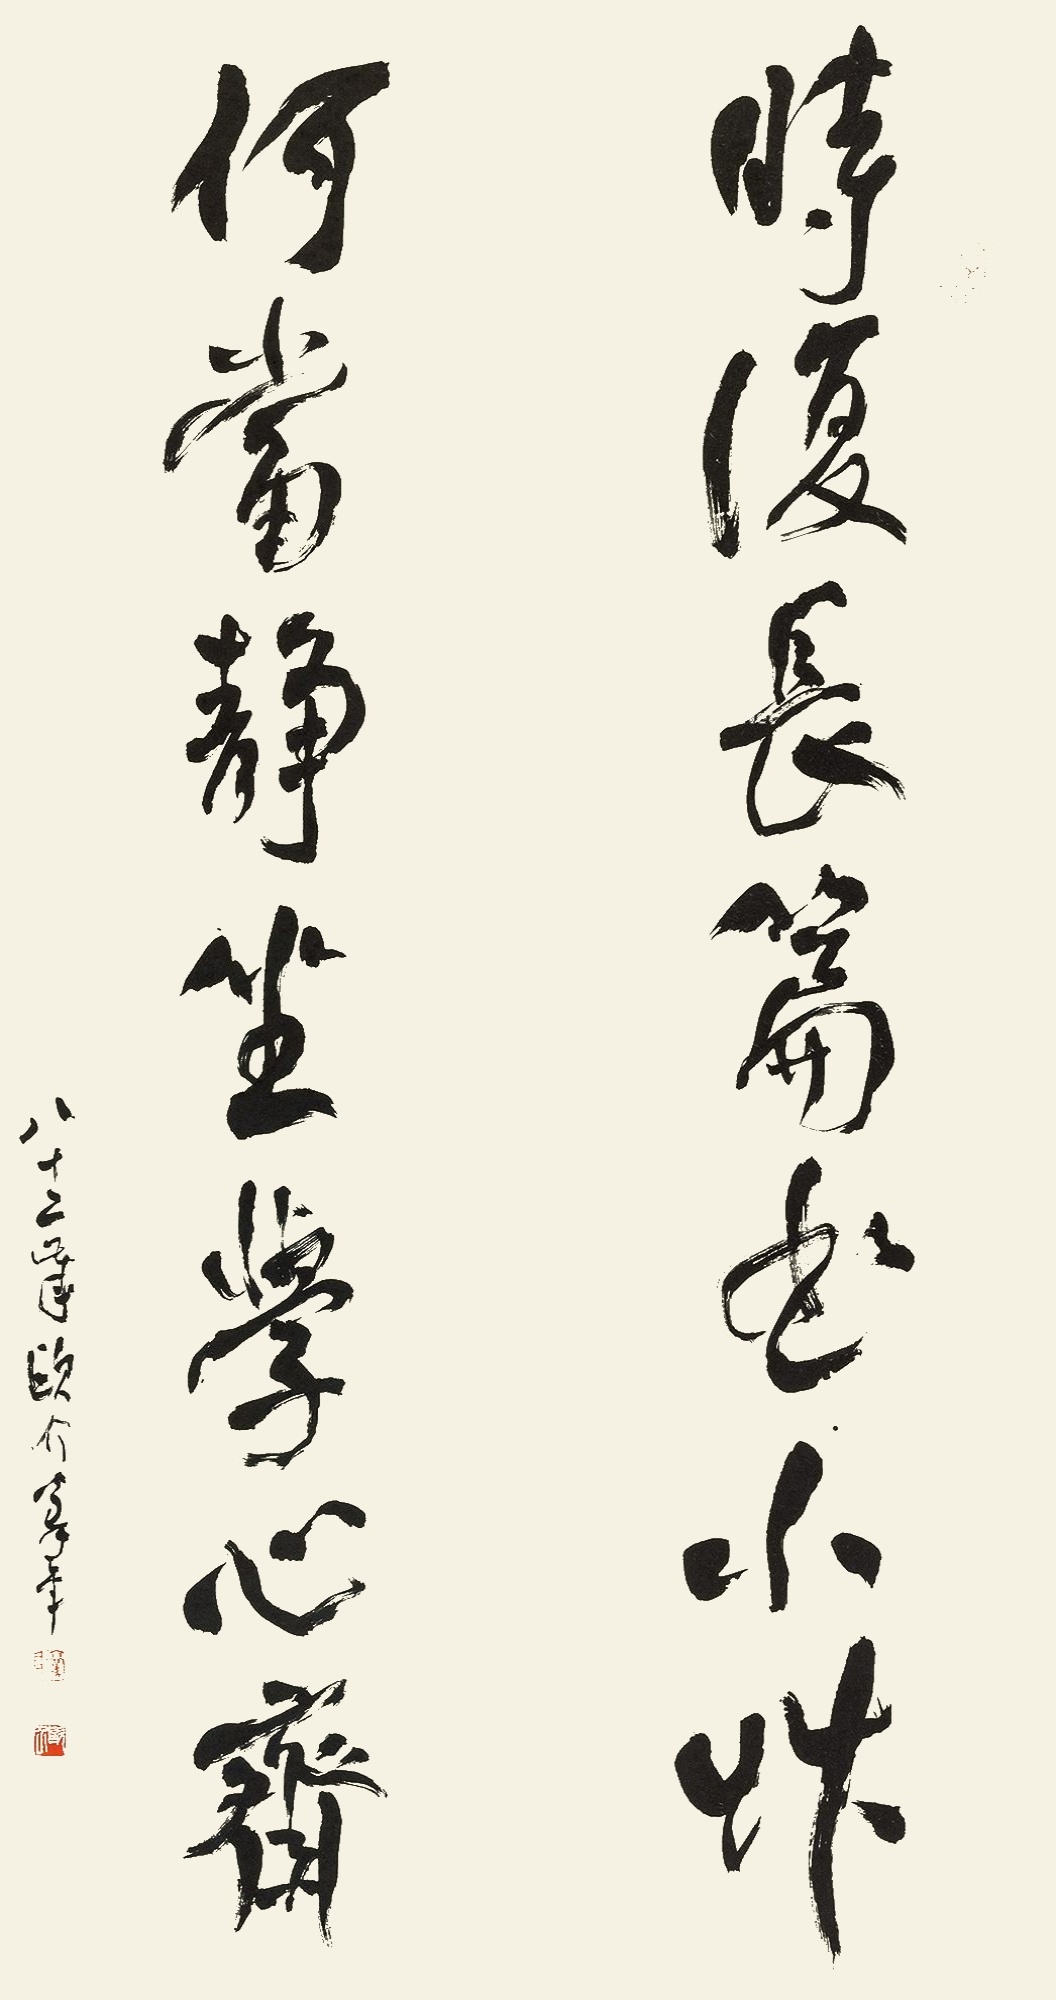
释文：时复长篇书小草，何当静坐学心斋。八十二岁欧介豪年。